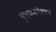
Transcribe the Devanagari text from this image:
वृषणकोशाचे